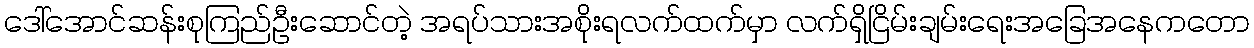
ဒေါ်အောင်ဆန်းစုကြည်ဦးဆောင်တဲ့ အရပ်သားအစိုးရလက်ထက်မှာ လက်ရှိငြိမ်းချမ်းရေးအခြေအနေကတော